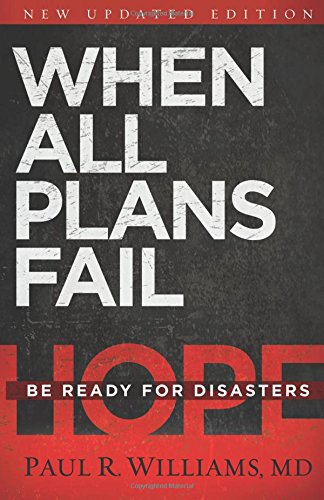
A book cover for When All Plans Fail: Be Ready for Disasters; Paul R. Williams M.D.; Health, Fitness & Dieting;